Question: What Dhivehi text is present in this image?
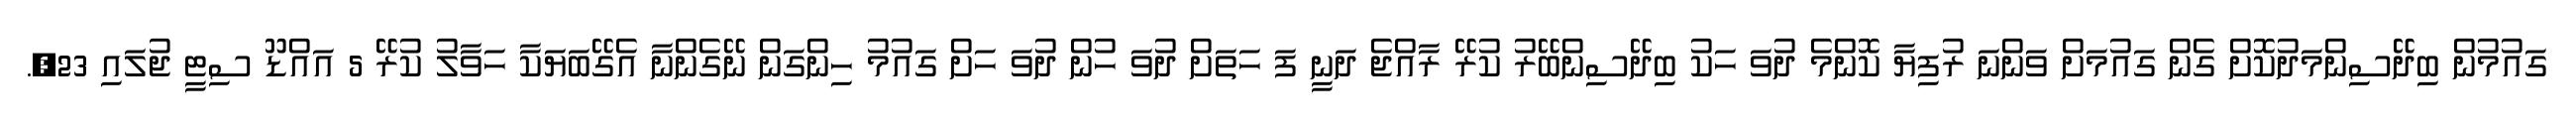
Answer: ގައުމުން ބިދޭސިންމަދުކޮށް ގެން ގައުމަށް ވަންނަ ރުފިޔާ ކޮންމެ ދުވަ ހަކު ބިދޭސިންބޭރު ކުރޭ ރާއްޖެ ދަނީ ފަ ހަތަށް ދުވަ ހުން ދުވަ ހަށް ގައުމު ހިންގަން ނޭގެންނާ އެގޭބަޔަކާ ހަވާލު ކުރޭ 5 އައްޑޫ ސިޓީ ޖުލައި 23,.